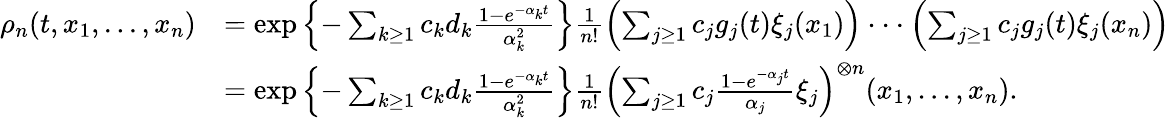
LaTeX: \begin{array}{rl}{\rho_{n}(t,x_{1},...,x_{n})}&{=\exp\left\{ -\sum_{k\geq 1}c_{k}d_{k}\frac{1-e^{-\alpha_{k}t}}{\alpha_{k}^{2}}\right\} \frac{1}{n!}\left(\sum_{j\geq 1}c_{j}g_{j}(t)\xi_{j}(x_{1})\right)\cdot\cdot\cdot\left(\sum_{j\geq 1}c_{j}g_{j}(t)\xi_{j}(x_{n})\right)}\\ &{=\exp\left\{ -\sum_{k\geq 1}c_{k}d_{k}\frac{1-e^{-\alpha_{k}t}}{\alpha_{k}^{2}}\right\} \frac{1}{n!}\left(\sum_{j\geq 1}c_{j}\frac{1-e^{-\alpha_{j}t}}{\alpha_{j}}\xi_{j}\right)^{\otimes n}(x_{1},...,x_{n}).}\end{array}